Madras plague regulations and rules - Volume 2
Disease focus: Plague
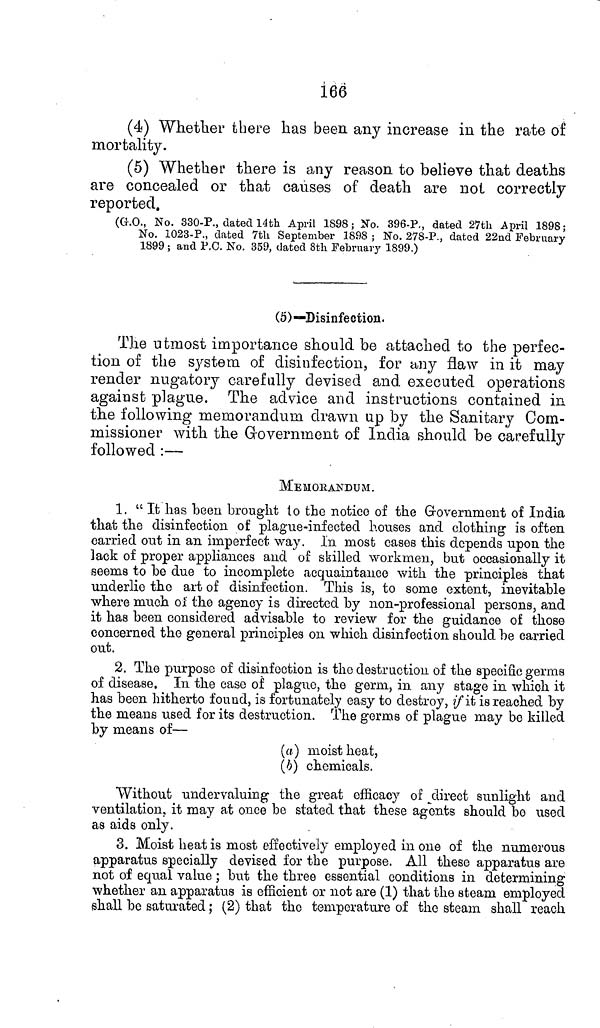
166
(4) Whether there has been any increase in the rate of
mortality.
(5) Whether there is any reason to believe that deaths
are concealed or that causes of death are not correctly
reported.
(G.O., No. 330-P., dated 14th April 1898; No. 396-P., dated 27th April 1898;
No. 1023-P., dated 7th September 1898 ; No. 278-P., dated 22nd February
1899; and P.O. No. 359, dated 8th February 1899.)
(5)—Disinfection.
The utmost importance should be attached to the perfec-
tion of the system of disinfection, for any flaw in it may
render nugatory carefully devised and executed operations
against plague. The advice and instructions contained in
the following memorandum drawn up by the Sanitary Com-
missioner with the Government of India should be carefully
followed :—
MEMORANDUM.
1. "It has been brought to the notice of the Government of India
that the disinfection of plague-infected houses and clothing is often
carried out in an imperfect way. In most cases this depends upon the
lack of proper appliances and of skilled workmen, but occasionally it
seems to be due to incomplete acquaintance with the principles that
underlie the art of disinfection. This is, to some extent, inevitable
where much of the agency is directed by non-professional persons, and
it has been considered advisable to review for the guidance of those
concerned the general principles on which disinfection should be carried
out.
2. The purpose of disinfection is the destruction of the specific germs
of disease. In the case of plague, the germ, in any stage in which it
has been hitherto found, is fortunately easy to destroy, if it is reached by
the means used for its destruction. The germs of plague may be killed
by means of—
(a) moist heat,
(b) chemicals.
Without undervaluing the great efficacy of direct sunlight and
ventilation, it may at once bo stated that these agents should bo used
as aids only.
3. Moist heat is most effectively employed in one of the numerous
apparatus specially devised for the purpose. All these apparatus are
not of equal value ; but the three essential conditions in determining
whether an apparatus is efficient or not are (1) that the steam employed
shall be saturated; (2) that the temperature of the steam shall reach